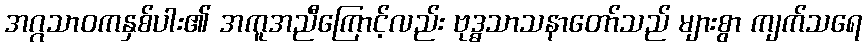
အဂ္ဂသာဝကနှစ်ပါး၏ အကူအညီကြောင့်လည်း ဗုဒ္ဓသာသနာတော်သည် များစွာ ကျက်သရေ